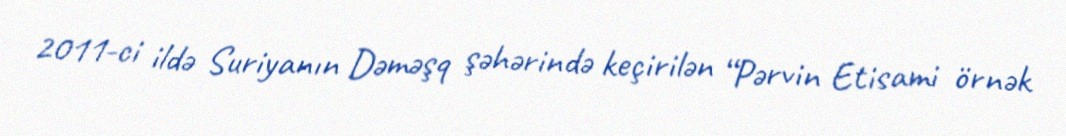
2011-ci ildə Suriyanın Dəməşq şəhərində keçirilən “Pərvin Etisami örnək